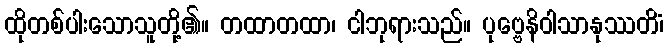
ထိုတစ်ပါးသောသူတို့၏။ တထာတထာ၊ ငါဘုရားသည်။ ပုဗ္ဗေနိဝါသာနုဿတိံ၊